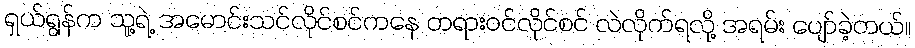
ရှယ်ရွန်က သူ့ရဲ့ အမောင်းသင်လိုင်စင်ကနေ တရားဝင်လိုင်စင် လဲလိုက်ရလို့ အရမ်း ပျော်ခဲ့တယ်။